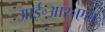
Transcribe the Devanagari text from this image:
आई॰आर॰एस॰